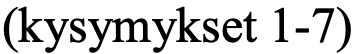
(kysymykset 1-7)